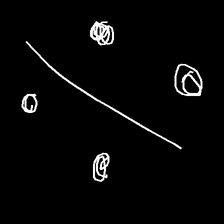
Glyph: cool